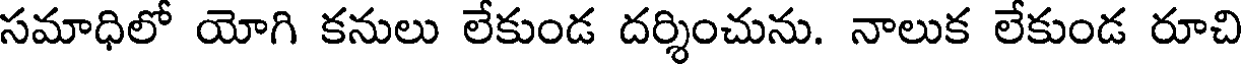
సమాధిలో యోగి కనులు లేకుండ దర్శించును. నాలుక లేకుండ రూచి